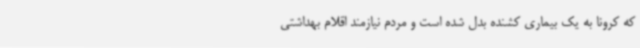
که کرونا به یک بیماری کشنده بدل شده است و مردم نیازمند اقلام بهداشتی